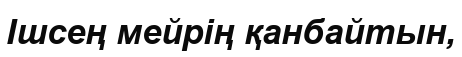
Ішсең мейрің қанбайтын,